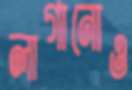
লাগানোও